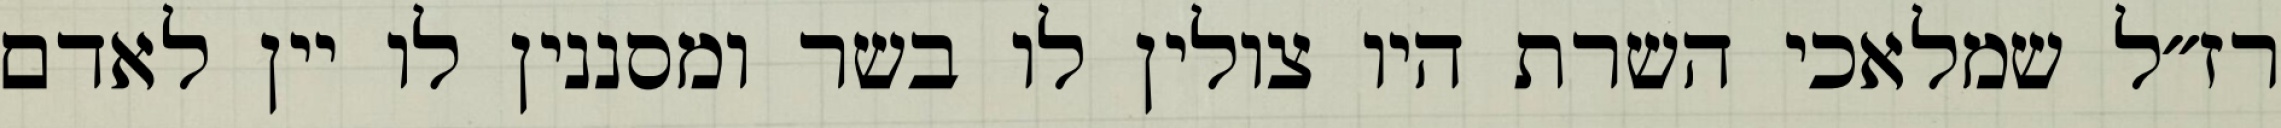
רז״ל שמלאכי השרת היו צולין לו בשר ומסננין לו יין לאדם